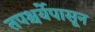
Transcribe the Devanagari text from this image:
तपश्चर्येपासून